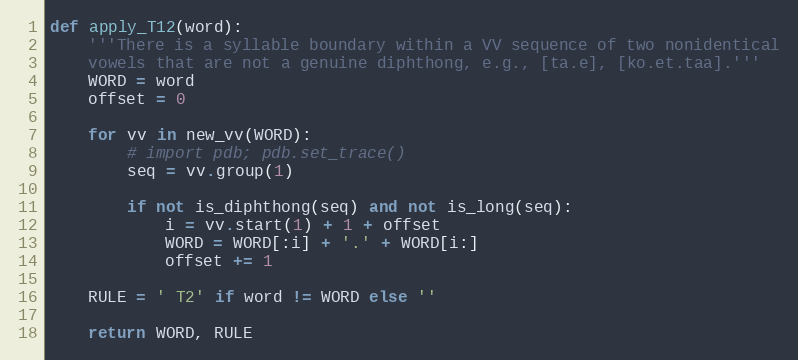
Language: Python
def apply_T12(word):
    '''There is a syllable boundary within a VV sequence of two nonidentical
    vowels that are not a genuine diphthong, e.g., [ta.e], [ko.et.taa].'''
    WORD = word
    offset = 0

    for vv in new_vv(WORD):
        # import pdb; pdb.set_trace()
        seq = vv.group(1)

        if not is_diphthong(seq) and not is_long(seq):
            i = vv.start(1) + 1 + offset
            WORD = WORD[:i] + '.' + WORD[i:]
            offset += 1

    RULE = ' T2' if word != WORD else ''

    return WORD, RULE